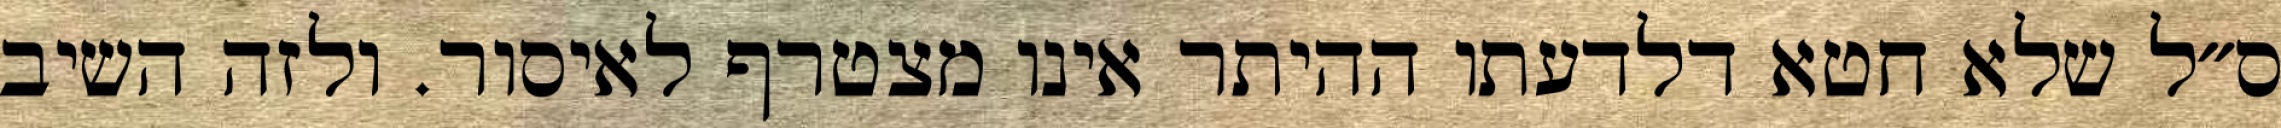
ס״ל שלא חטא דלדעתו ההיתר אינו מצטרף לאיסור. ולזה השיב